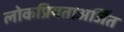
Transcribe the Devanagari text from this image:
लोकप्रियताअर्जित